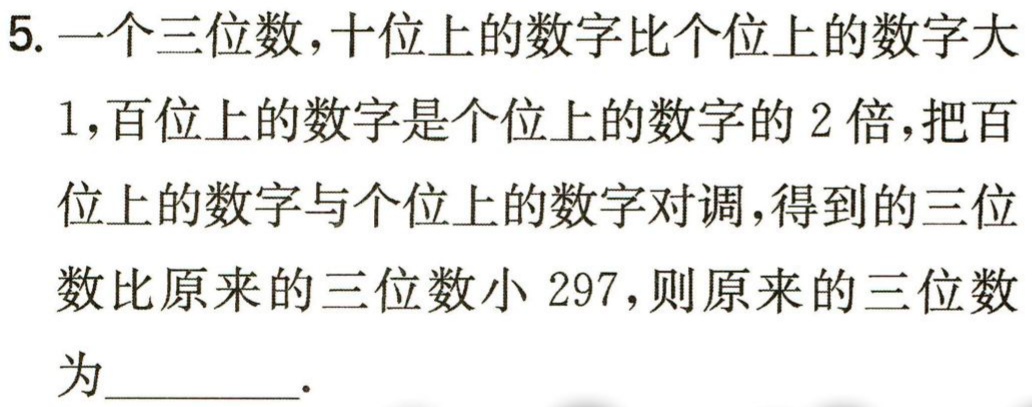
5. 一个三位数，十位上的数字比个位上的数字大

1，百位上的数字是个位上的数字的 2 倍，把百

位上的数字与个位上的数字对调，得到的三位

数比原来的三位数小 297，则原来的三位数

为________．